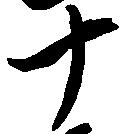
十